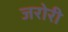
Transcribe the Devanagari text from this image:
जरोरी